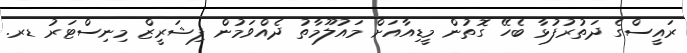
ރައީސްގެ ދަތުރުފުޅާ ބެހޭ ގޮތުން މީޑިއާއަށް މައުލޫމާތު ދެއްވަމުން ފިޝަރީޒް މިނިސްޓަރު ޑރ.